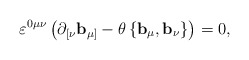
\begin{align*}\varepsilon ^{0\mu \nu }\left( \mathbf{\partial }_{[\nu }\mathbf{b}_{\mu]}-\theta \left\{ \mathbf{b}_{\mu },\mathbf{b}_{\nu }\right\} \right) =0,\end{align*}